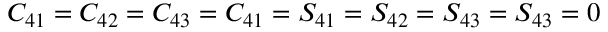
C _ { 4 1 } = C _ { 4 2 } = C _ { 4 3 } = C _ { 4 1 } = S _ { 4 1 } = S _ { 4 2 } = S _ { 4 3 } = S _ { 4 3 } = 0